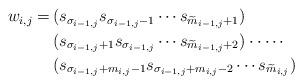
LaTeX: \begin{align*}\begin{aligned}w_{i,j}=\,&(s_{\sigma_{i-1,j}}s_{\sigma_{i-1,j}-1}\cdots s_{\widetilde{m}_{i-1,j}+1})\\&(s_{\sigma_{i-1,j}+1}s_{\sigma_{i-1,j}}\cdots s_{\widetilde{m}_{i-1,j}+2})\cdot\cdots\cdot\\&(s_{\sigma_{i-1,j}+m_{i,j}-1}s_{\sigma_{i-1,j}+m_{i,j}-2}\cdots s_{\widetilde{m}_{i,j}})\end{aligned}\end{align*}